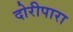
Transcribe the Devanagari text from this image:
दोरीपारा